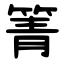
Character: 箐